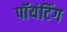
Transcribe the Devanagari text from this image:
पॉयंटिंग